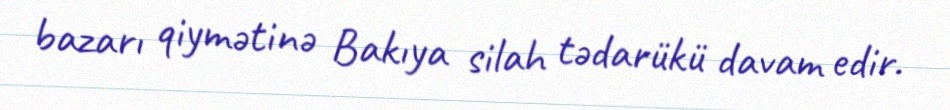
bazarı qiymətinə Bakıya silah tədarükü davam edir.